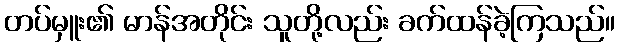
တပ်မှူး၏ မာန်အတိုင်း သူတို့လည်း ခက်ထန်ခဲ့ကြသည်။